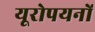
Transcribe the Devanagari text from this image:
यूरोपयनों